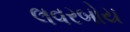
લવરબોય